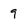
Character: 9